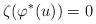
LaTeX: \begin{align*}\zeta(\varphi^*(u))=0 \end{align*}